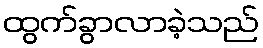
ထွက်ခွာလာခဲ့သည်